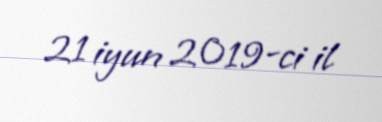
21 iyun 2019-ci il